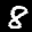
Label: 8